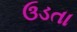
ઉડતા